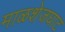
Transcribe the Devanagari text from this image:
माळशेजघाट